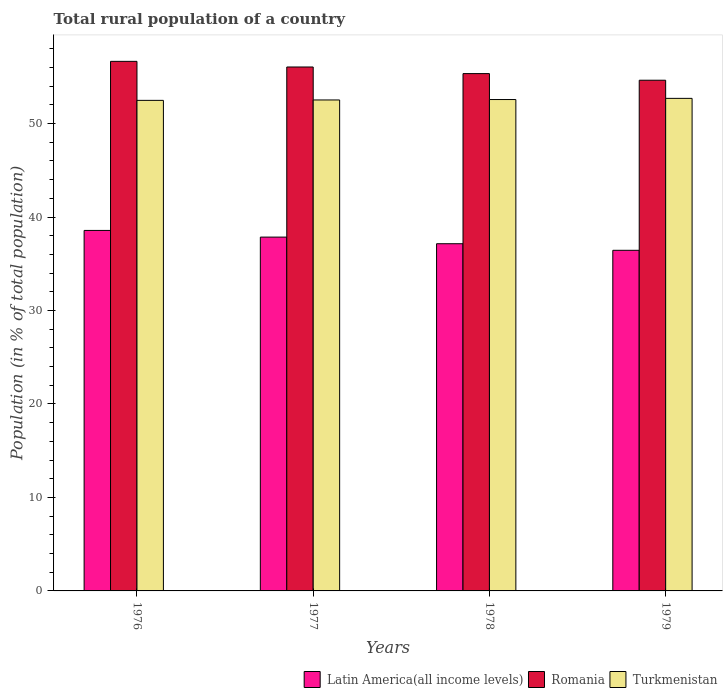
| Years | Latin America(all income levels) | Romania | Turkmenistan |
 | --- | --- | --- | --- |
 | 1976 | 38.6 | 56.7 | 52.5 |
 | 1977 | 37.9 | 56.1 | 52.5 |
 | 1978 | 37.1 | 55.4 | 52.6 |
 | 1979 | 36.4 | 54.6 | 52.7 |